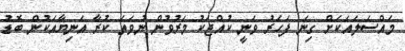
މައްސަލައަކަށް ގިނަ ފަހަރު ވަނީ ކުއްޖަކު މަރުވުން ނުވަަތަ ކުރާ އަނިޔާއަކުން ބޮޑު